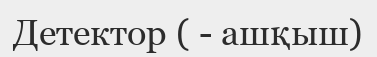
Детектор ( - ашқыш)